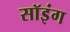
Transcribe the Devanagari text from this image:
सॉइंग